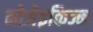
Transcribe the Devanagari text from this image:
मोजेइकिज्म